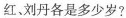
红刘丹各是多少岁?